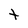
Character: t